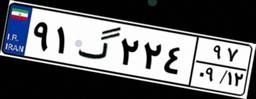
۱۱گ۶۱۷۶۵